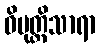
ဝိမုတ္တိသာရာ